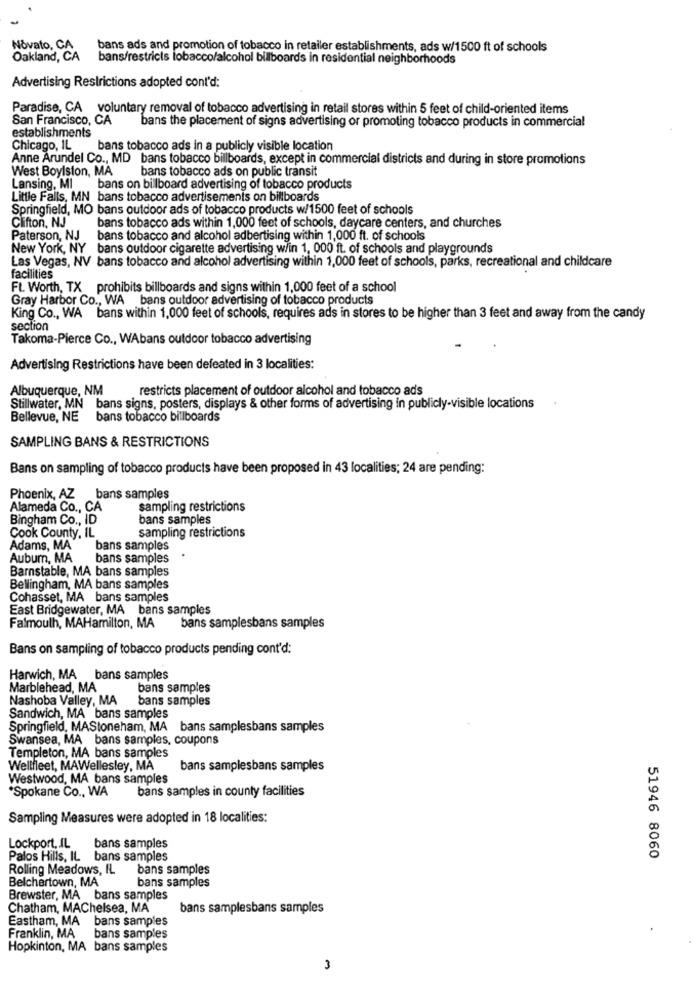
Novato, CA
bans ads and promotion of tobacco in retailer establishments, ads w/1500 ft of schools
Oakland, CA
bans/restricts lobacco/alcohol billboards in residential neighborhoods
Advertising Restrictions adopted cont'd:
Paradise, CA voluntary removal of tobacco advertising in retail stores within 5 feet of child-oriented items
San Francisco, CA
bans the placement of signs advertising or promoting tobacco products in commercial
establishments
Chicago, IL
bans tobacco ads in a publicly visible location
Anne Arundel Co ., MD bans tobacco billboards, except in commercial districts and during in store promotions
West Boylston, MA
bans tobacco ads on public transit
Lansing, MI
bans on billboard advertising of tobacco products
Little Falls, MN bans tobacco advertisements on billboards
Springfield, MO bans outdoor ads of tobacco products w/1500 feet of schools
Clifton, NJ
bans tobacco ads within 1,000 feet of schools, daycare centers, and churches
Paterson, NJ bans tobacco and alcohol adbertising within 1,000 ft. of schools
New York, NY bans outdoor cigarette advertising w/in 1. 000 ft. of schools and playgrounds
Las Vegas, NV bans tobacco and alcohol advertising within 1,000 feet of schools, parks, recreational and childcare
facilities
Ft. Worth, TX prohibits billboards and signs within 1,000 feet of a school
Gray Harbor Co ., WA bans outdoor advertising of tobacco products
King Co ., WA bans within 1,000 feet of schools, requires ads in stores to be higher than 3 feet and away from the candy
section
Takoma-Pierce Co ., WAbans outdoor tobacco advertising
Advertising Restrictions have been defeated in 3 localities:
Albuquerque, NM
restricts placement of outdoor alcohol and tobacco ads
Stillwater, MN bans signs, posters, displays & other forms of advertising in publicly-visible locations
Bellevue, NE bans tobacco billboards
SAMPLING BANS & RESTRICTIONS
Bans on sampling of tobacco products have been proposed in 43 localities; 24 are pending:
Phoenix, AZ bans samples
Alameda Co ., CA
sampling restrictions
Bingham Co ., ID
bans samples
sampling restrictions
Cook County, IL
Adams, MA
bans samples
Aubum, MA
bans samples
Barnstable, MA bans samples
Bellingham, MA bans samples
Cohasset, MA bans samples
East Bridgewater, MA bans samples
Falmouth, MAHamilton, MA
bans samplesbans samples
Bans on sampling of tobacco products pending cont'd:
Harwich, MA
bans samples
Marblehead, MA
bans samples
Nashoba Valley, MA
bans samples
Sandwich, MA bans samples
Springfield, MAStoneham, MA bans samplesbans samples
Swansea, MA bans samples, coupons
Templeton, MA bans samples
Wellfleet, MAWellesley, MA
bans samplesbans samples
Westwood, MA bans samples
*Spokane Co ., WA
bans samples in county facilities
Sampling Measures were adopted in 18 localities:
Lockport. IL
bans samples
Palos Hills, IL bans samples
51946 8060
Rolling Meadows, IL
bans samples
Belchertown, MA
bans samples
Brewster, MA bans samples
Chatham, MAChelsea, MA
bans samplesbans samples
Eastham, MA
bans samples
Franklin, MA
bans samples
Hopkinton, MA bans samples
3